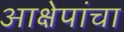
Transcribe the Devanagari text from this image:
आक्षेपांचा